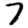
Digit: 7